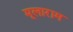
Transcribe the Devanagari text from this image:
मूलाराम